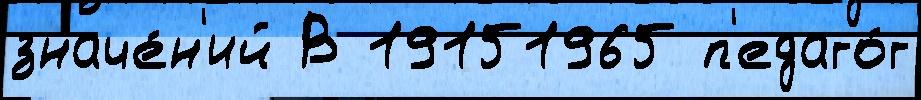
значе́н'ий В 19151965 п'едаго́г